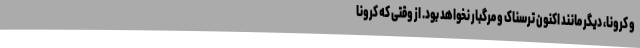
و کرونا، دیگر مانند اکنون ترسناک و مرگبار نخواهد بود. از وقتی که کرونا